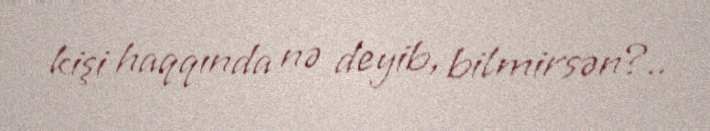
kişi haqqında nə deyib, bilmirsən?..